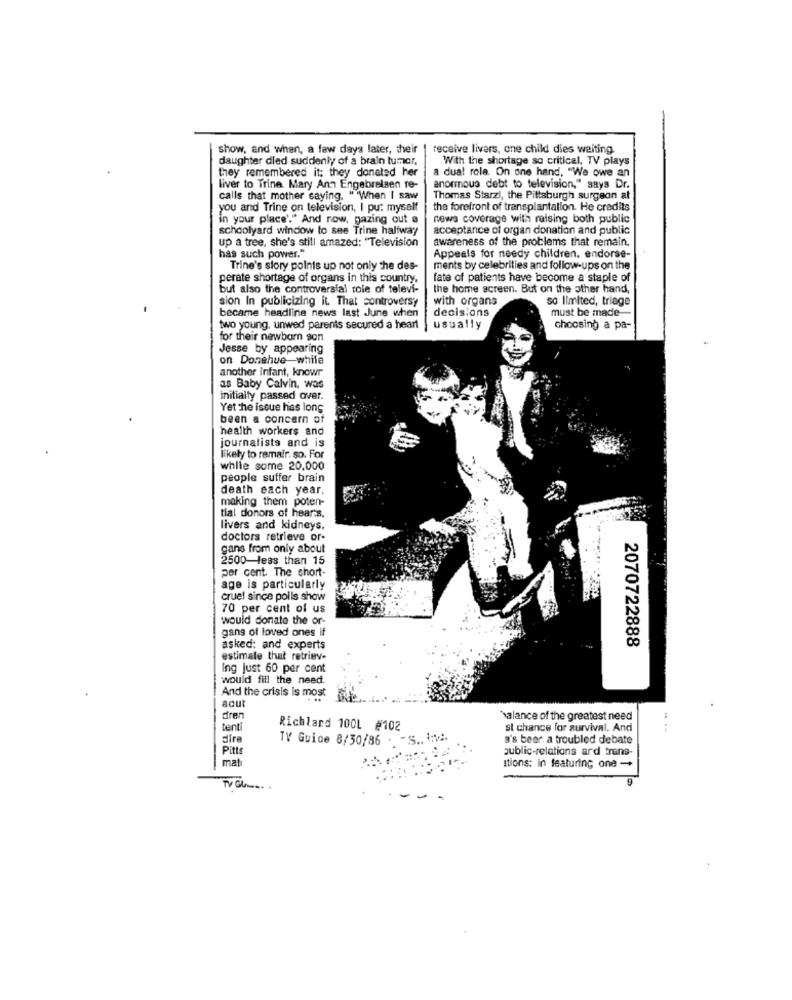
show, and when, a few days later, their
receive livers, one child dies waiting.
daughter dled suddenly of a brain tumor.
With the shortage so critical, TV plays
they remembered it; they donated her
a dual role. On one hand, "We owe an
liver to Trine Mary Ann Engabrelsen re-
enormous debt to television," says Dr.
calls that mother saying. "When I saw
Thomas Starzi, the Pittsburgh surgeon at
you and Trine on television, I put myself
the forefront of transplantallon. He credits
in your place'." And now, gazing out a
news coverage with raising both public
schoolyard window to see Trine halfway
acceptance of organ donation and public
up a tree, she's still amazed: "Television
awareness of the problems that remain.
has such power."
Appeals for needy children. endorse-
Trine's story polnis up not only the des-
ments by celebrities and follow-ups on the
perate shortage of organs in this country.
fate of patients have become a staple of
but also the controversial role of televi-
the home screen. But on the other hand,
sion In publicizing it. That controversy
with organs
so limited, triage
became headline news last June when
decisions
must be made-
two young, unwed parents secured a heart
usually
choosing a pa-
for their newborn son
Jesse by appearing
on Donehue while
another infant, knowr
as Baby Calvin, was
initially passed over.
Yet the issue has long
been a concern of
health workers and
journalists and is
likely to remair. so. For
while some 20,000
people suffer brain
death each year.
making them poten-
tial donors of hearts,
livers and kidneys,
doctors retrieve or-
gans from only about
2500-less than 15
per cent. The short-
age is particularly
cruel since poils show
70 per cent of us
would donate the or-
gans of loved ones if
2070722888
asked: and experts
estimale that retriev-
Ing just 60 per cent
would fill the need.
And the crisis is most
acut
dren
halance of the greatest need
tenti
Richland 100L #102
st chance for survival. And
dire
TV Guide 8/30/86 . - S .. : w.
a's beer. a troubled debate
Pitts
public-relations ard trans-
matı
Itions: in featuring one -+
9
TV Gl ....